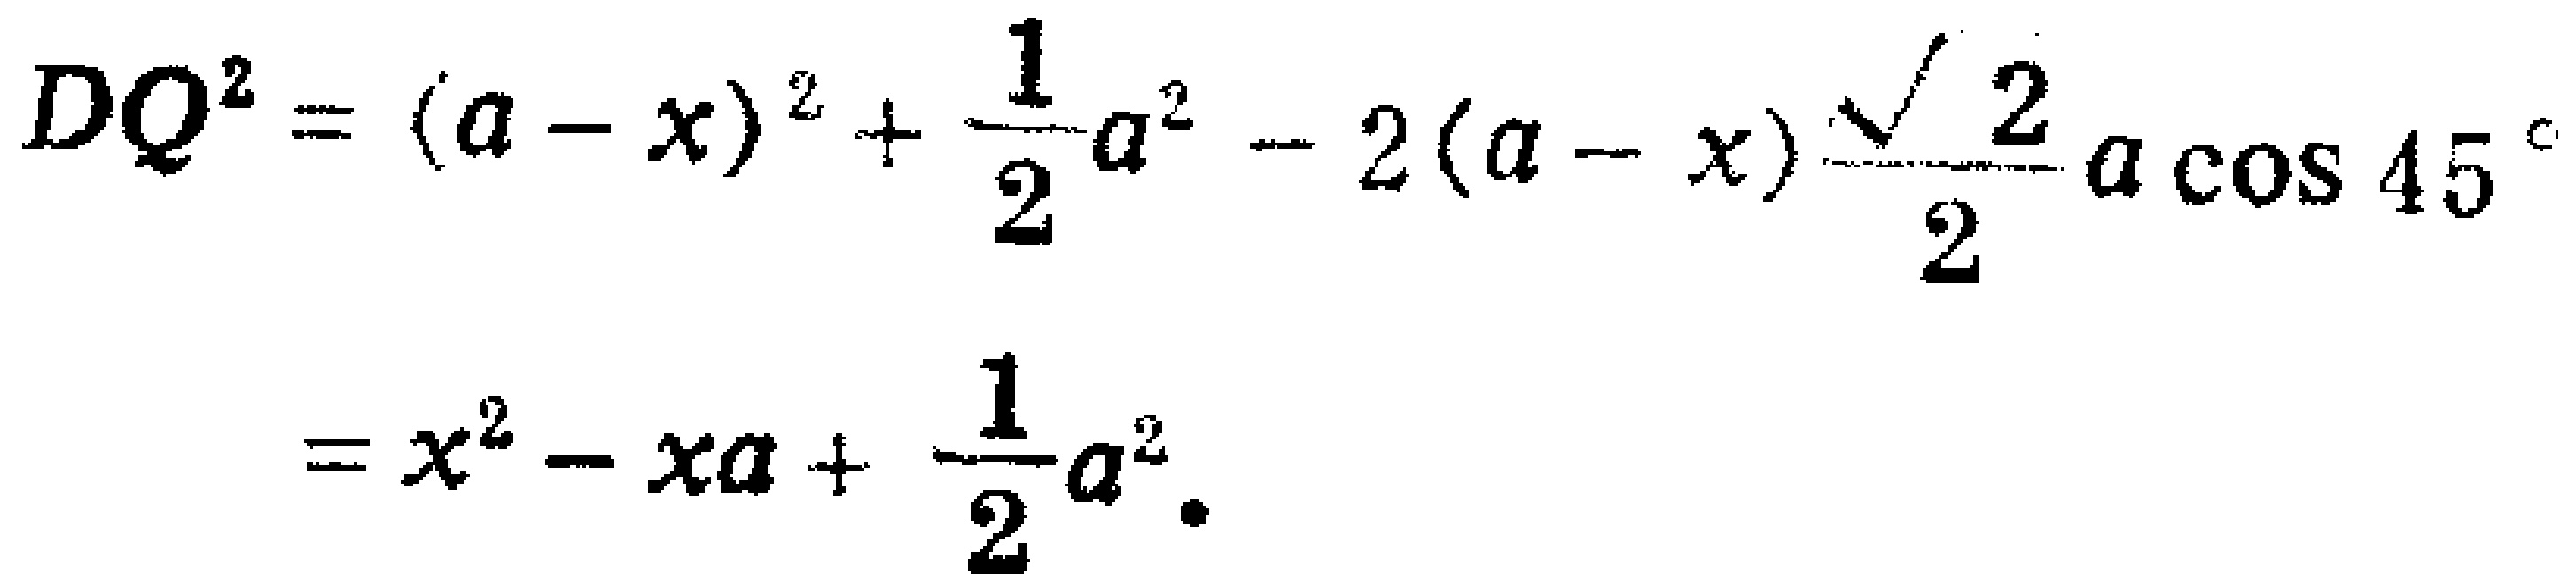
\[
\begin{align*}
DQ^{2}&=(a - x)^{2}+\frac{1}{2}a^{2}-2(a - x)\frac{\sqrt{2}}{2}a\cos45^{\circ}\\
&=x^{2}-xa+\frac{1}{2}a^{2}.
\end{align*}
\]